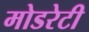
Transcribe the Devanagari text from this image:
मोडरेटी